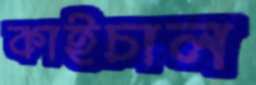
কাইচাল